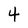
Character: 4